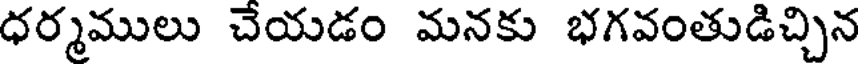
ధర్మములు చేయడం మనకు భగవంతుడిచ్చిన